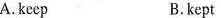
A.keep B.kept